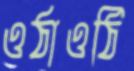
ওঠাওঠি